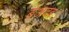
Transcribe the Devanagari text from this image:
बेअदब